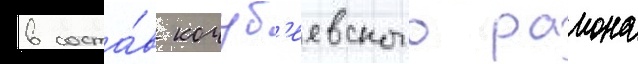
в соста́в кочуб'еевского раиона